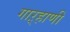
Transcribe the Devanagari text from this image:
गाऱ्हाणी